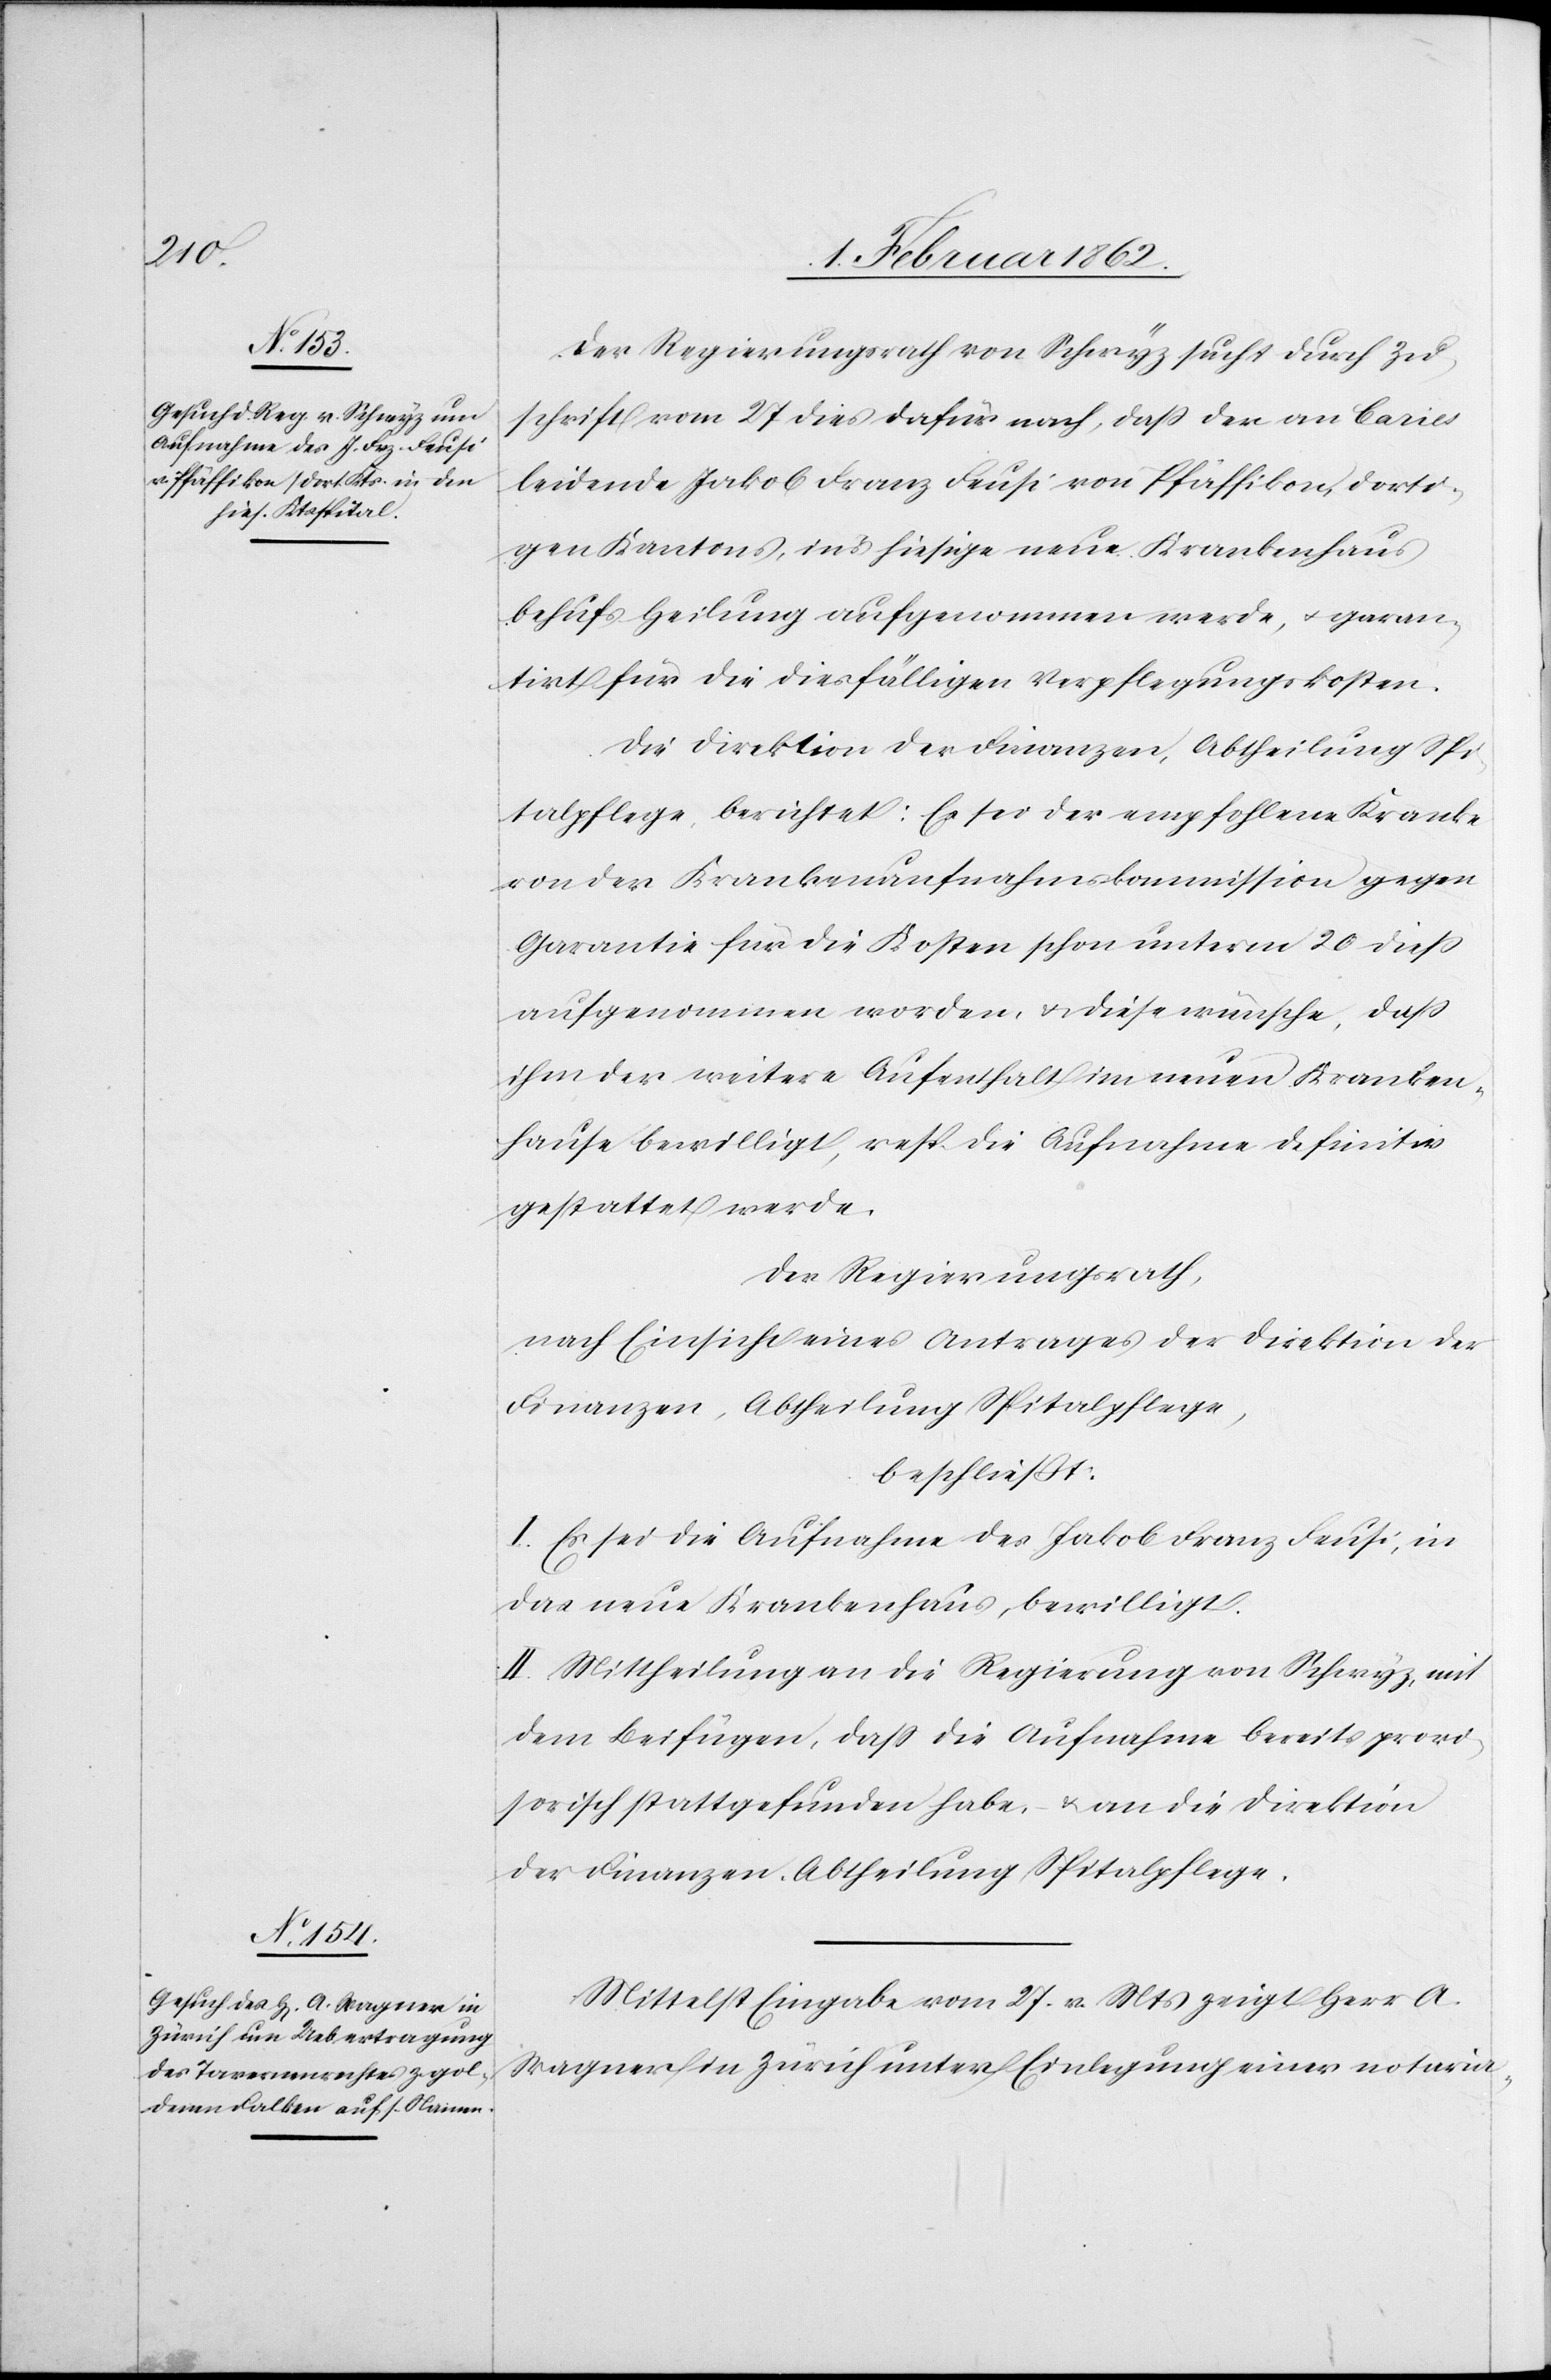
Der Regierungsrath von Schwyz sucht durch Zu¬
schrift vom 27 dies [sic!] dafür nach, daß der an Caries
leidende Jakob Franz Feusi von Pfäffikon, dorti¬
gen Kantons, ins hiesige neue Krankenhaus
behufs Heilung aufgenommen werde, u. garan¬
tirt für die diesfälligen Verpflegungskosten.
Die Direktion der Finanzen, Abtheilung Spi¬
talpflege, berichtet: Es sei der empfohlene Kranke
von der Krankenaufnahmskommission gegen
Garantie für die Kosten schon unterm 20 dieß
aufgenommen worden, u. diese wünsche, daß
ihm der weitere Aufenthalt im neuen Kranken¬
hause bewilligt, resp. die Aufnahme definitiv
gestattet werde.
Der Regierungsrath,
nach Einsicht eines Antrages der Direktion der
Finanzen, Abtheilung Spitalpflege,
beschließt:
I. Es sei die Aufnahme des Jakob Franz Feusi, in
das neue Krankenhaus, bewilligt.
II. Mittheilung an die Regierung von Schwyz, mit
dem Beifügen, daß die Aufnahme bereits provi¬
sorisch stattgefunden habe, – u. an die Direktion
der Finanzen, Abtheilung Spitalpflege.
Mittelst Eingabe vom 27. v. Mts zeigt Herr A.
Wagner in Zürich unter Einlegung einer notaria-